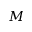
M